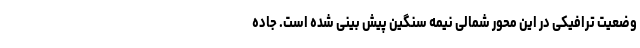
وضعیت ترافیکی در این محور شمالی نیمه سنگین پیش بینی شده است. جاده